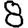
Digit: 8